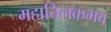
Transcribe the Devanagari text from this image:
महातिलकभव